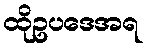
ထိုဥပဒေအရ